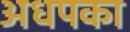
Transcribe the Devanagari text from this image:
अधपका